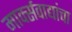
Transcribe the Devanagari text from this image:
मार्क्सवाद्यांचा